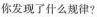
你发现了什么规律?